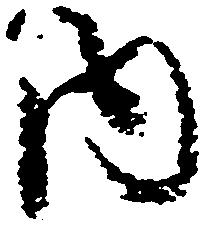
内